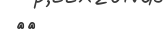
٢٢